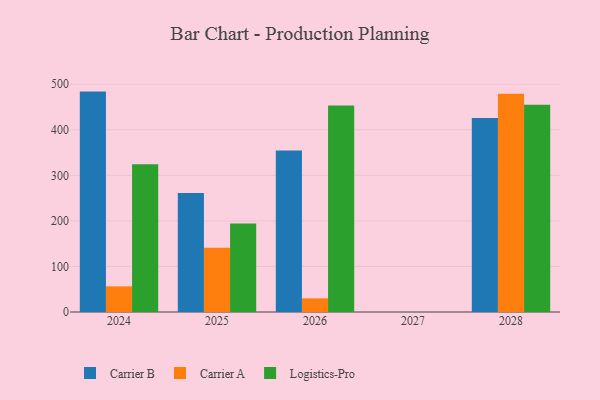
{"axis": {"x": "Year", "y": "Bounce Rate (%)"}, "legend": ["Carrier A", "Carrier B", "Logistics-Pro"], "data": [{"x": "2025", "y": 261.3, "type": "Carrier B"}, {"x": "2025", "y": 140.9, "type": "Carrier A"}, {"x": "2025", "y": 194.1, "type": "Logistics-Pro"}, {"x": "2026", "y": 354.3, "type": "Carrier B"}, {"x": "2026", "y": 29.9, "type": "Carrier A"}, {"x": "2026", "y": 453.5, "type": "Logistics-Pro"}, {"x": "2024", "y": 483.8, "type": "Carrier B"}, {"x": "2024", "y": 56.3, "type": "Carrier A"}, {"x": "2024", "y": 324.3, "type": "Logistics-Pro"}, {"x": "2028", "y": 425.7, "type": "Carrier B"}, {"x": "2028", "y": 479.1, "type": "Carrier A"}, {"x": "2028", "y": 455.1, "type": "Logistics-Pro"}]}